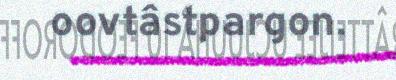
oovtâstpargon.